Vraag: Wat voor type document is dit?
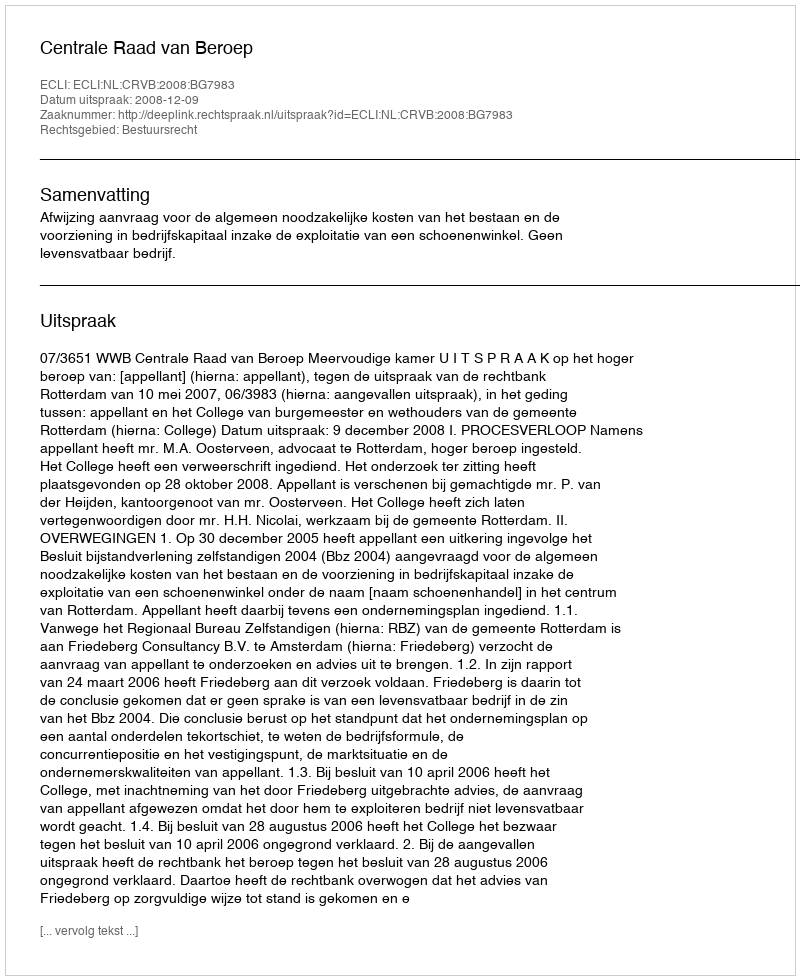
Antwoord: Uitspraak